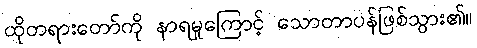
ထိုတရားတော်ကို နာရမှုကြောင့် သောတာပန်ဖြစ်သွား၏။